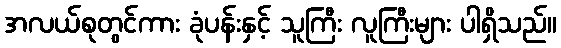
အလယ်စုတွင်ကား ခုံပန်းနှင့် သူကြီး လူကြီးများ ပါရှိသည်။